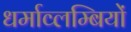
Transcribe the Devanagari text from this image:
धर्माव्लम्बियों